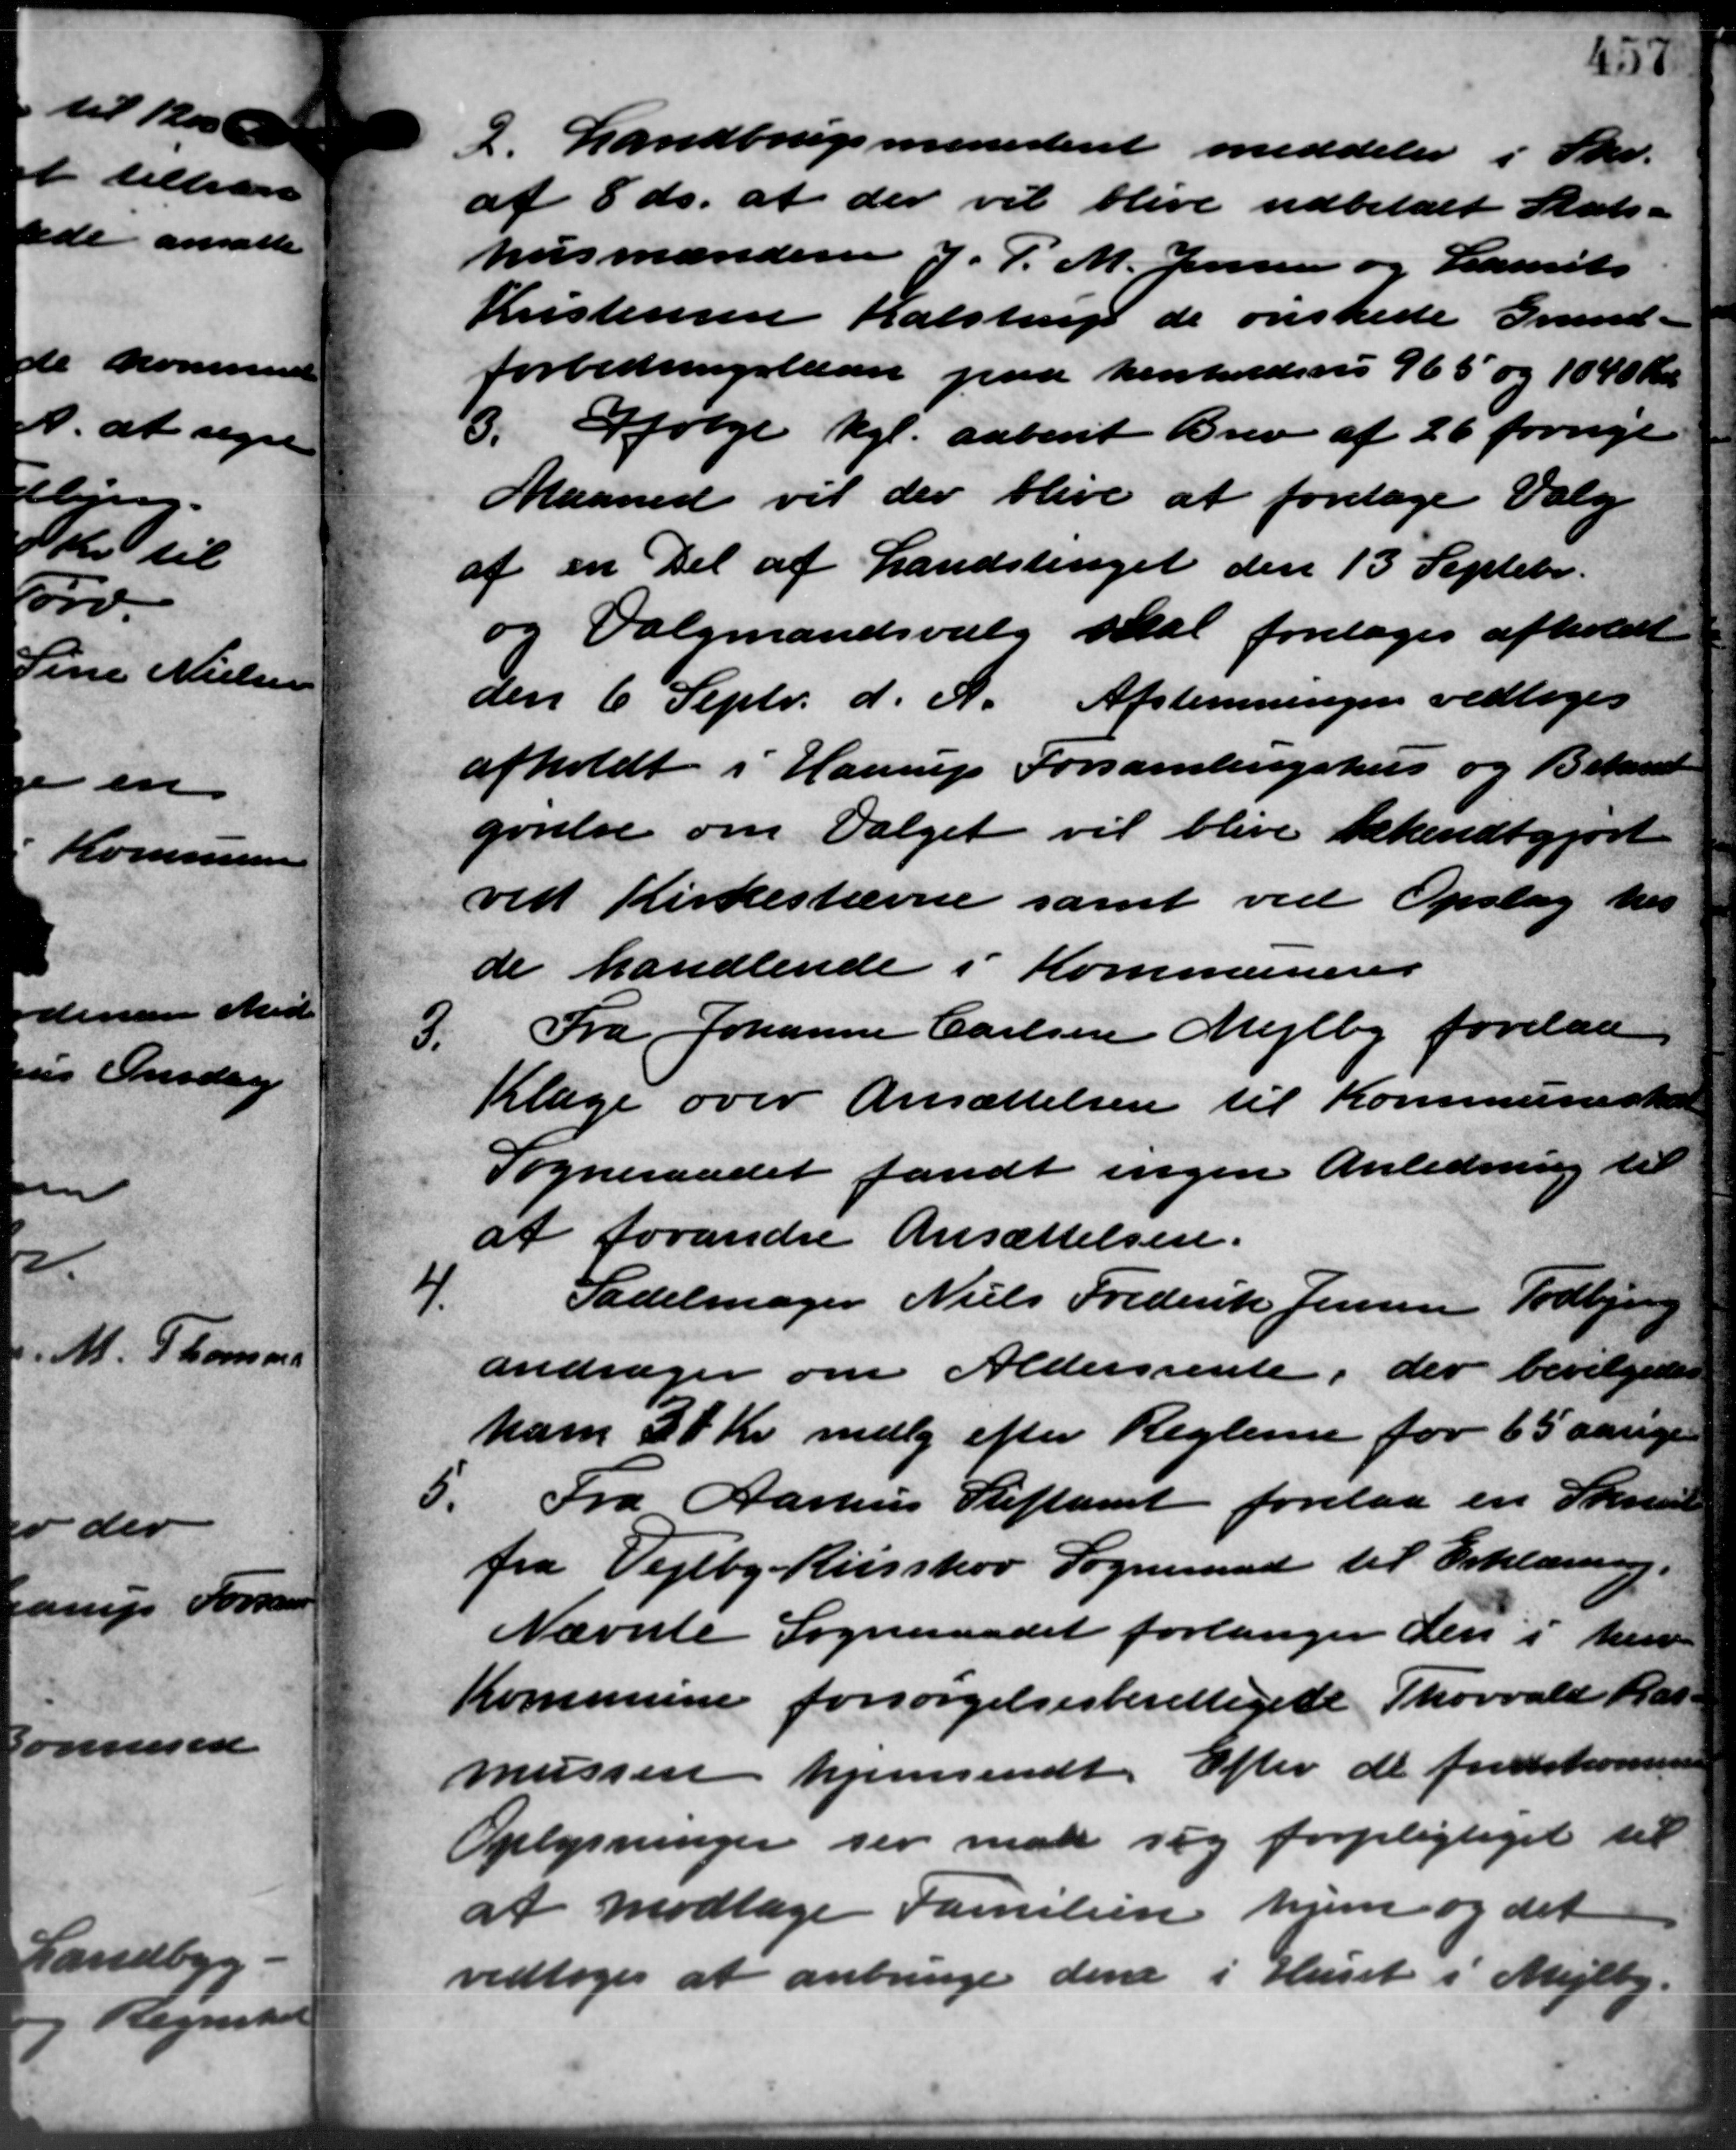
Transskription:
2. Landbrugsministeriet meddeler i Skr.
2. Landbrugsministeriet meddeler i Skr.
af 8 ds. at der vil blive udbetalt Stats-
husmanden J. P. M. Jensen og Laurits
Kristensen Kalstrup de ønskede Grund –
forbedringslaan paa henholdsvis 965 og 1040 Kr.
3. Ifølge kgl. aabent Brev af 26 fornye
Maaned vil der blive at foretage Valg
af en Del af Landstinget den 13 Septebr.
og Valgmandsvalg skal foretages afholdt
den 6 Septr. d. A. Afstemningen vedtoges
afholdt i Haarup Forsamlingshus og Betand
gørelse om Valget vil blive bekendtgjort
ved Kirkestævne samt ved Opslag hos
de handlende i Kommunens
Fra Johanne Carlsen Mejlby forelaa
3.
Klage over Ansættelsen til Kommuneskat
Sogneraadet fandt ingen Anledning til
at forandre Ansættelsen.
4.
Sadelmager Niels Frederik Jensen Todbjerg
andrager om Aldersrente, der bevilgedes
ham 30 Kr. mdlg efter Reglerne for 65 aarige
5. Fra Aarhus Stiftamt forelaa en Skrivelse
5. Fra Aarhus Stiftamt forelaa en Skrivelse
fra Vejlby-Risskov Sogneraad til Erklæring.
Nævnte Sogneraadet forlanger den i hen
Kommune forsørgelsesberettiget Thorvald Ras-
mussen hjemsendt. Efter de fredskomme
Oplysninger ser man sig forpligtiget til
at modtage Familien hum og det
vedtoges at anbringe dene i Huset i Mejlby.